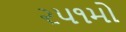
૨૫૧મો